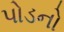
પોડનો